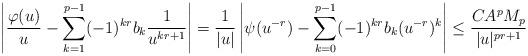
LaTeX: \begin{align*}\left|\frac{\varphi(u)}{u}- \sum_{k=1}^{p-1}(-1)^{kr}b_k\frac{1}{u^{kr+1}}\right|=\frac{1}{|u|}\left|\psi(u^{-r})- \sum_{k=0}^{p-1}(-1)^{kr}b_k(u^{-r})^k\right|\le\frac{CA^pM_p}{|u|^{pr+1}}\end{align*}